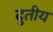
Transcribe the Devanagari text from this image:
दुतीय